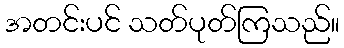
အတင်းပင် သတ်ပုတ်ကြသည်။